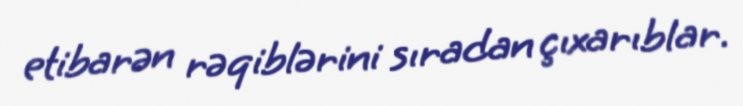
etibarən rəqiblərini sıradan çıxarıblar.